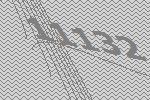
11132